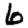
Digit: 6